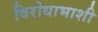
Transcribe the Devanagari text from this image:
विरोधाभाशी